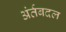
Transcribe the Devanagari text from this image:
अंर्तबदल